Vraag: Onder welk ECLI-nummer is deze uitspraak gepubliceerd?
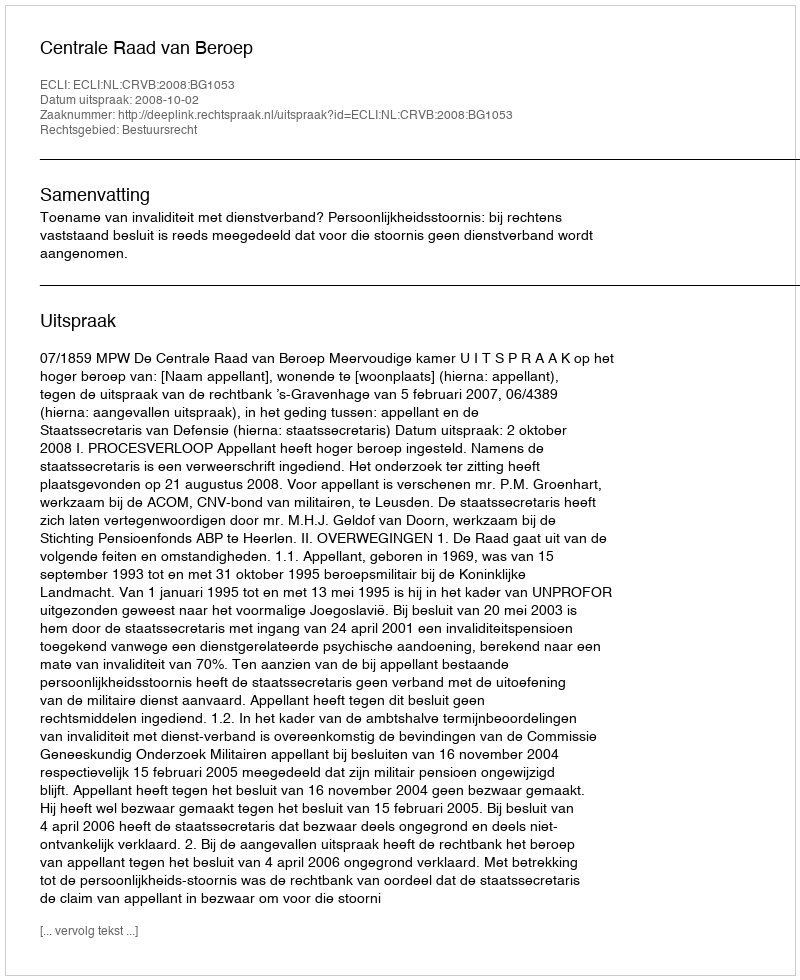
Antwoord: ECLI:NL:CRVB:2008:BG1053